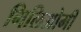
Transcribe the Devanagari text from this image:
गिलिओमी